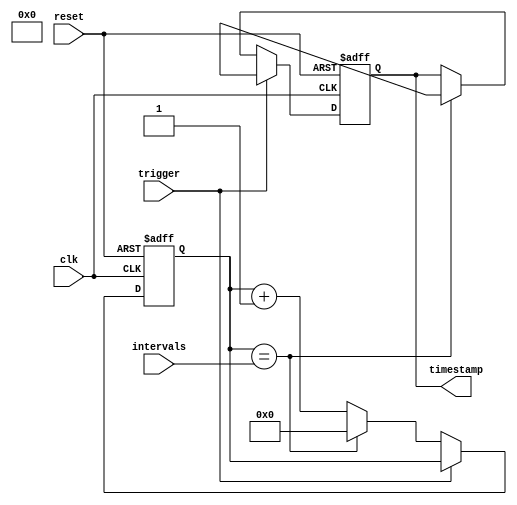
module Timing_Control_Synchronization(
    input wire clk,
    input wire reset,
    input wire trigger,
    input wire [7:0] intervals,
    output reg [31:0] timestamp
);

reg [31:0] counter;

always @(posedge clk or posedge reset) begin
    if (reset) begin
        counter <= 0;
        timestamp <= 0;
    end else begin
        if (trigger) begin
            timestamp <= $time;
        end
        else begin
            counter <= counter + 1;
            if (counter == intervals) begin
                timestamp <= $time;
                counter <= 0;
            end
        end
    end
end

endmodule